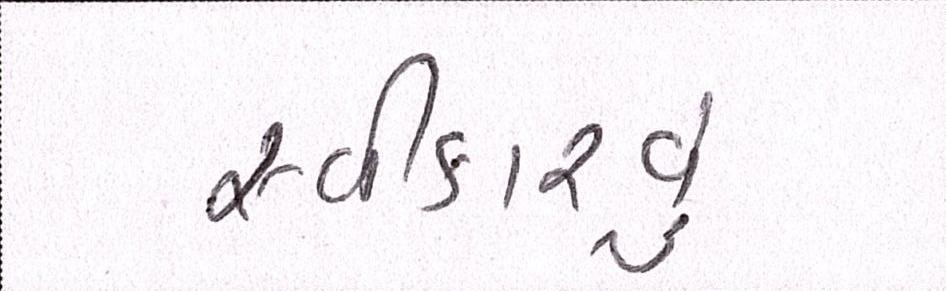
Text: સ્વીકારવું